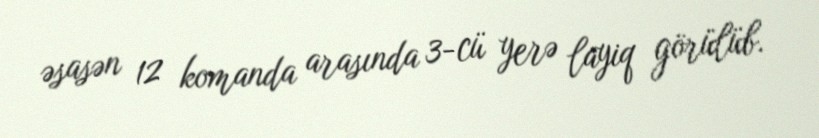
əsasən 12 komanda arasında 3-cü yerə layiq görülüb.